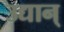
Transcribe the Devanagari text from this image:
उद्यान्